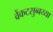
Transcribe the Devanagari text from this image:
वेंकटसुब्बय्या